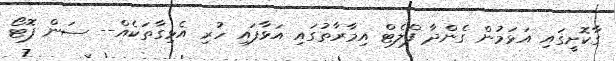
ގާކޮށީގައި އަޅަމުން ގެންދާ ފްލެޓް އިމާރާތުގައި އަޅާފައި ހުރި އެޅިގާތަކެއް-- ސަން ފޮޓޯ